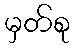
မှတ်စု